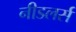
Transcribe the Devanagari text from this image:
नीडलर्स